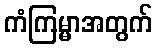
ကံကြမ္မာအတွက်